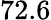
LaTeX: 72.6